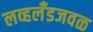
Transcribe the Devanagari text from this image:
लव्हलँडजवळ